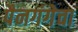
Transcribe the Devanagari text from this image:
पैनगंगेचा